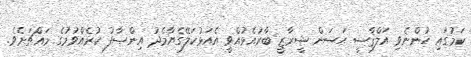
ކަމުގައި ހުންނެވި އަލްޤާޟީ ޙަސަން ޝީރާޒީ ބާރުއެޅުއްވީ އެއަޅުކަލޭގެޔާމެދު އިންޞާފު ކުރެއްވުމުގެ މައްޗަށެވެ.